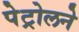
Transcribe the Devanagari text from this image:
पेट्रोलने